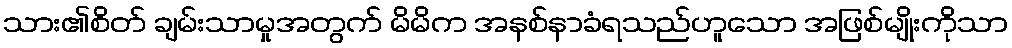
သား၏စိတ် ချမ်းသာမှုအတွက် မိမိက အနစ်နာခံရသည်ဟူသော အဖြစ်မျိုးကိုသာ